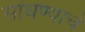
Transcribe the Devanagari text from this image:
सांधण्याचे